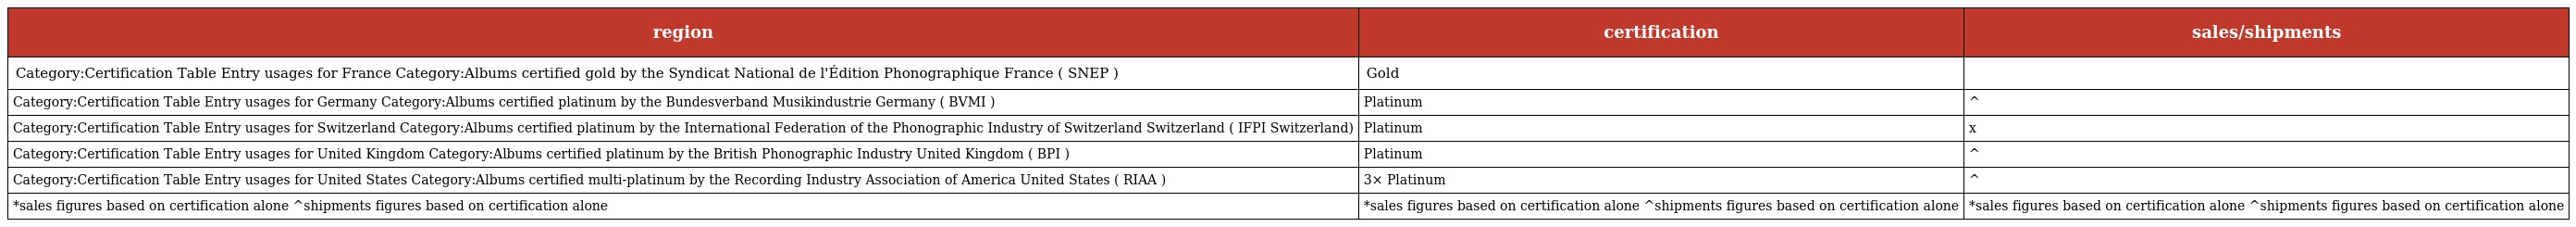
| region | certification | sales/shipments |
 | --- | --- | --- |
 | Category:Certification Table Entry usages for France Category:Albums certified gold by the Syndicat National de l'Édition Phonographique France ( SNEP ) | Gold |  |
 | Category:Certification Table Entry usages for Germany Category:Albums certified platinum by the Bundesverband Musikindustrie Germany ( BVMI ) | Platinum | ^ |
 | Category:Certification Table Entry usages for Switzerland Category:Albums certified platinum by the International Federation of the Phonographic Industry of Switzerland Switzerland ( IFPI Switzerland) | Platinum | x |
 | Category:Certification Table Entry usages for United Kingdom Category:Albums certified platinum by the British Phonographic Industry United Kingdom ( BPI ) | Platinum | ^ |
 | Category:Certification Table Entry usages for United States Category:Albums certified multi-platinum by the Recording Industry Association of America United States ( RIAA ) | 3× Platinum | ^ |
 | *sales figures based on certification alone ^shipments figures based on certification alone | *sales figures based on certification alone ^shipments figures based on certification alone | *sales figures based on certification alone ^shipments figures based on certification alone |